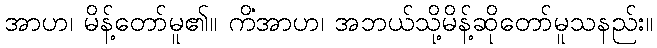
အာဟ၊ မိန့်တော်မူ၏။ ကိံအာဟ၊ အဘယ်သို့မိန့်ဆိုတော်မူသနည်း။